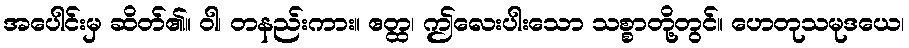
အပေါင်းမှ ဆိတ်၏။ ဝါ၊ တနည်းကား။ ဧတ္ထ၊ ဤလေးပါးသော သစ္စာတို့တွင်။ ဟေတုသမုဒယေ၊